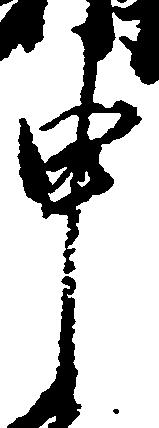
申